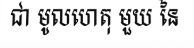
ជា មូលហេតុ មួយ នៃ